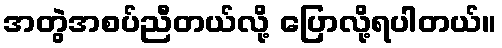
အတွဲအစပ်ညီတယ်လို့ ပြောလို့ရပါတယ်။